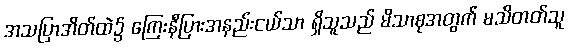
အသပြာအိတ်ထဲ၌ ကြေးနီပြားအနည်းငယ်သာ ရှိသူသည် မိသာစုအတွက် မသိတတ်သူ